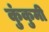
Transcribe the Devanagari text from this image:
कुंकुमी